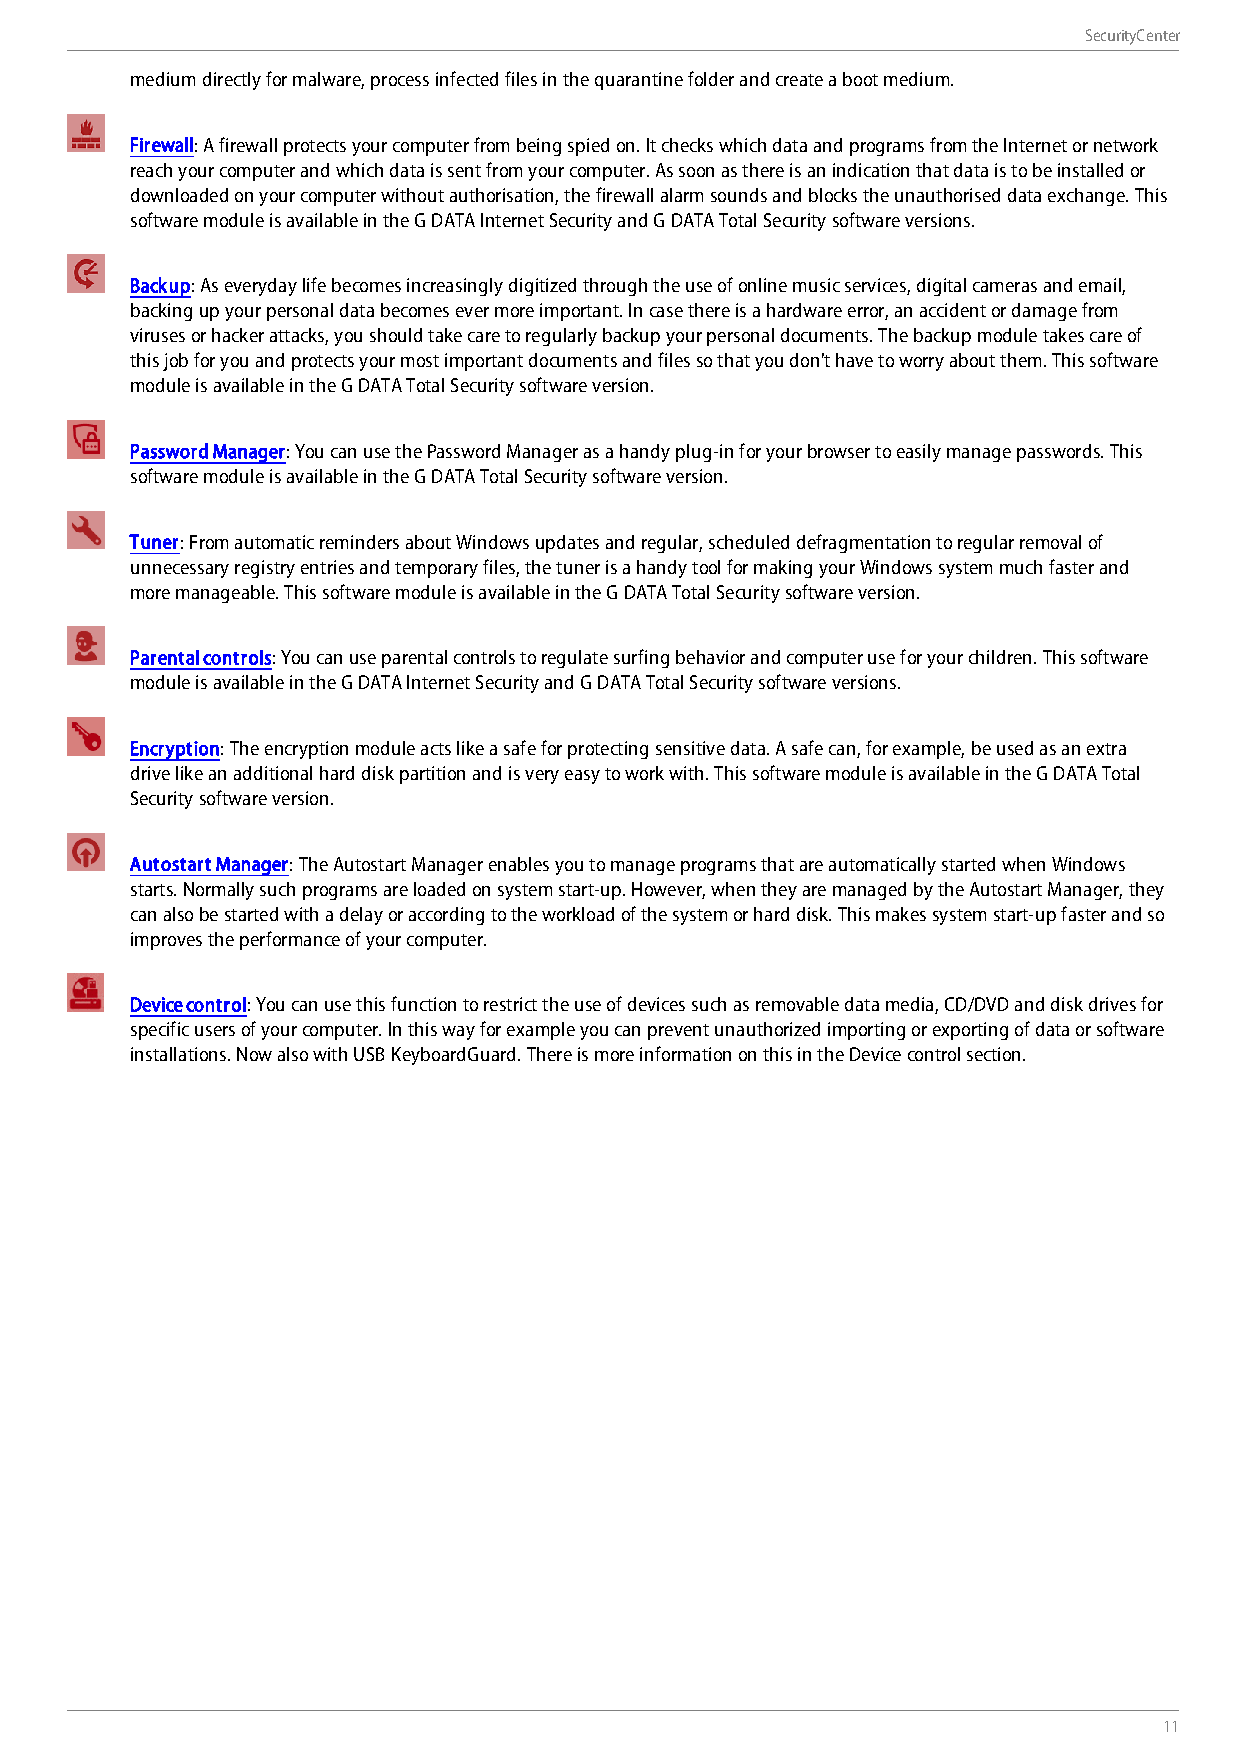
SecurityCenter
 medium directly for malware, process infected files in the quarantine folder and create a boot medium.
 Firewall: A firewall protects your computer from being spied on. It checks which data and programs from the Internet or network
 reach your computer and which data is sent from your computer. As soon as there is an indication that data is to be installed or
 downloaded on your computer without authorisation, the firewall alarm sounds and blocks the unauthorised data exchange. This
 software module is available in the G DATA Internet Security and G DATA Total Security software versions.
 Backup: As everyday life becomes increasingly digitized through the use of online music services, digital cameras and email,
 backing up your personal data becomes ever more important. In case there is a hardware error, an accident or damage from
 viruses or hacker attacks, you should take care to regularly backup your personal documents. The backup module takes care of
 this job for you and protects your most important documents and files so that you don't have to worry about them. This software
 module is available in the G DATA Total Security software version.
 Password Manager: You can use the Password Manager as a handy plug-in for your browser to easily manage passwords. This
 software module is available in the G DATA Total Security software version.
 Tuner: From automatic reminders about Windows updates and regular, scheduled defragmentation to regular removal of
 unnecessary registry entries and temporary files, the tuner is a handy tool for making your Windows system much faster and
 more manageable. This software module is available in the G DATA Total Security software version.
 Parental controls: You can use parental controls to regulate surfing behavior and computer use for your children. This software
 module is available in the G DATA Internet Security and G DATA Total Security software versions.
 Encryption: The encryption module acts like a safe for protecting sensitive data. A safe can, for example, be used as an extra
 drive like an additional hard disk partition and is very easy to work with. This software module is available in the G DATA Total
 Security software version.
 Autostart Manager: The Autostart Manager enables you to manage programs that are automatically started when Windows
 starts. Normally such programs are loaded on system start-up. However, when they are managed by the Autostart Manager, they
 can also be started with a delay or according to the workload of the system or hard disk. This makes system start-up faster and so
 improves the performance of your computer.
 Device control: You can use this function to restrict the use of devices such as removable data media, CD/DVD and disk drives for
 specific users of your computer. In this way for example you can prevent unauthorized importing or exporting of data or software
 installations. Now also with USB KeyboardGuard. There is more information on this in the Device control section.
 11